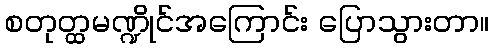
စတုတ္ထမဏ္ဍိုင်အကြောင်း ပြောသွားတာ။